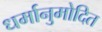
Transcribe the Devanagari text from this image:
धर्मानुमोदित